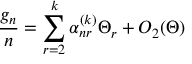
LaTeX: \frac { g _ { n } } { n } = \sum _ { r = 2 } ^ { k } \alpha _ { n r } ^ { ( k ) } \Theta _ { r } + O _ { 2 } ( \Theta )